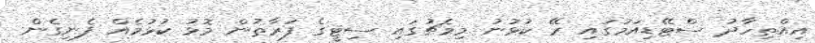
އިއްތިހާދު ސްޓޭޑިއަމުގައި ރޭ ކުޅުނު މިމެޗުގައި ސިޓީގެ ފަރާތުން މޮޅު ކުޅުމެއް ފެނިގެން